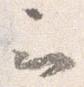
云